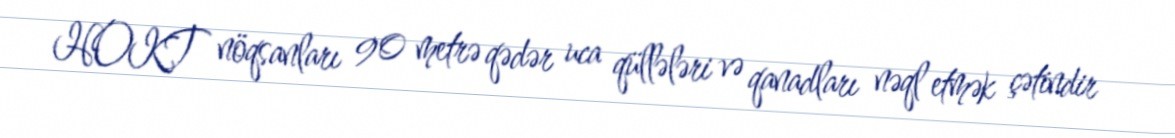
HOKT nöqsanları 90 metrə qədər uca qüllələri və qanadları nəql etmək çətindir